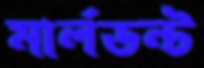
মার্লডন্ট